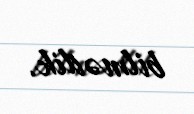
bilmədik.